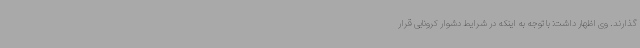
گذارند. وی اظهار داشت: با توجه به اینکه در شرایط دشوار کرونایی قرار